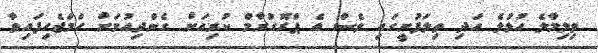
ވިލިމާލެ ހުޅުލެ އަދި ތިލަފުށީގައި ވެސް އެ ޕްރޮގުރާމް ކުރިއަށް ގެންދިއުމަށް ހަމަޖެހިފައިވާ